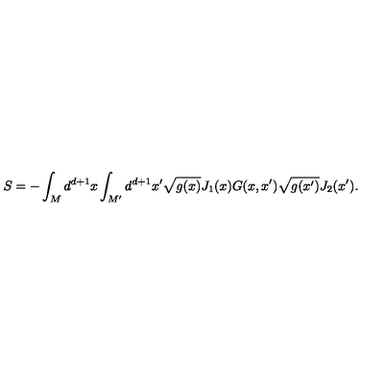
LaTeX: S = - \int _ { M } d ^ { d + 1 } x \int _ { M ^ { \prime } } d ^ { d + 1 } x ^ { \prime } \sqrt { g ( x ) } J _ { 1 } ( x ) G ( x , x ^ { \prime } ) \sqrt { g ( x ^ { \prime } ) } J _ { 2 } ( x ^ { \prime } ) .